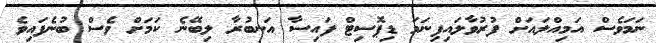
ނަމަވެސް އަމިއްލައަށް ފުރުވާލައިފިނަމަ ޑިޕޮސިޓް ފައިސާ އަނބުރާ ލިބޭނެ ކަމަށް ވެސް ބުނެފައިވެ